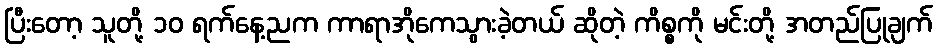
ပြီးတော့ သူတို့ ၁၀ ရက်နေ့ညက ကာရာအိုကေသွားခဲ့တယ် ဆိုတဲ့ ကိစ္စကို မင်းတို့ အတည်ပြုချက်